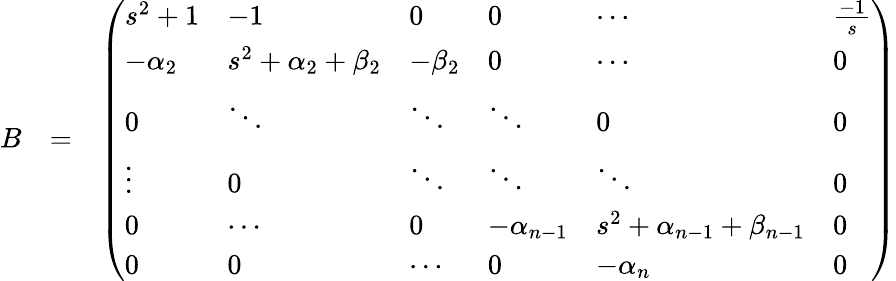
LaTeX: \begin{array}{rlr}{B}&{=}&{\left(\begin{array}{llllll}{s^{2}+1}&{-1}&{0}&{0}&{\cdots}&{\frac{-1}{s}}\\ {-\alpha_{2}}&{s^{2}+\alpha_{2}+\beta_{2}}&{-\beta_{2}}&{0}&{\cdots}&{0}\\ {0}&{\ddots}&{\ddots}&{\ddots}&{0}&{0}\\ {\vdots}&{0}&{\ddots}&{\ddots}&{\ddots}&{0}\\ {0}&{\cdots}&{0}&{-\alpha_{n-1}}&{s^{2}+\alpha_{n-1}+\beta_{n-1}}&{0}\\ {0}&{0}&{\cdots}&{0}&{-\alpha_{n}}&{0}\end{array}\right)}\end{array}